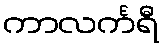
ကာလင်္ကရီ